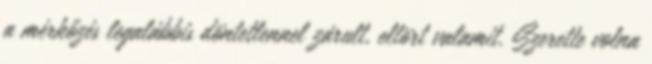
a mérkőzés legalábbis döntetlennel zárult, eltört valamit. Szerette volna